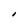
Character: I